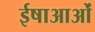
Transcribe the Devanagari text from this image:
ईषाआओं